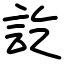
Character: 訖